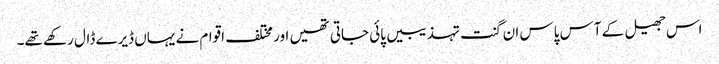
اس جھیل کے آس پاس ان گنت تہذیبیں پائی جاتی تھیں اور مختلف اقوام نے یہاں ڈیرے ڈال رکھے تھے۔